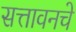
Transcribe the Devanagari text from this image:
सत्तावनचे